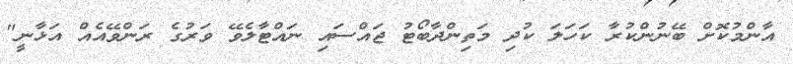
އާންމުކޮށް ބޭނުންކުރާ ކަހަލަ ކުދި މަތިންދާބޯޓު ޖައްސައި ނައްޓާލެވޭ ވަރުގެ ރަންވޭއެއް އަޅާނީ"